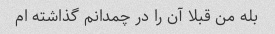
بله من قبلا آن را در چمدانم گذاشته ام